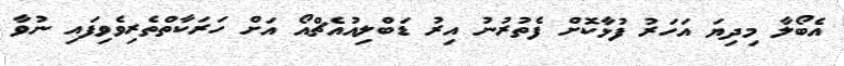
އެބޯލާ މިދިޔަ އަހަރު ފުޅާކޮށް ފެތުރުނު އިރު ޑަބްލިއުއެޗްއޯ އަށް ހަރަކާތްތެރިވެވިފައި ނުވާ